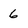
Character: 6